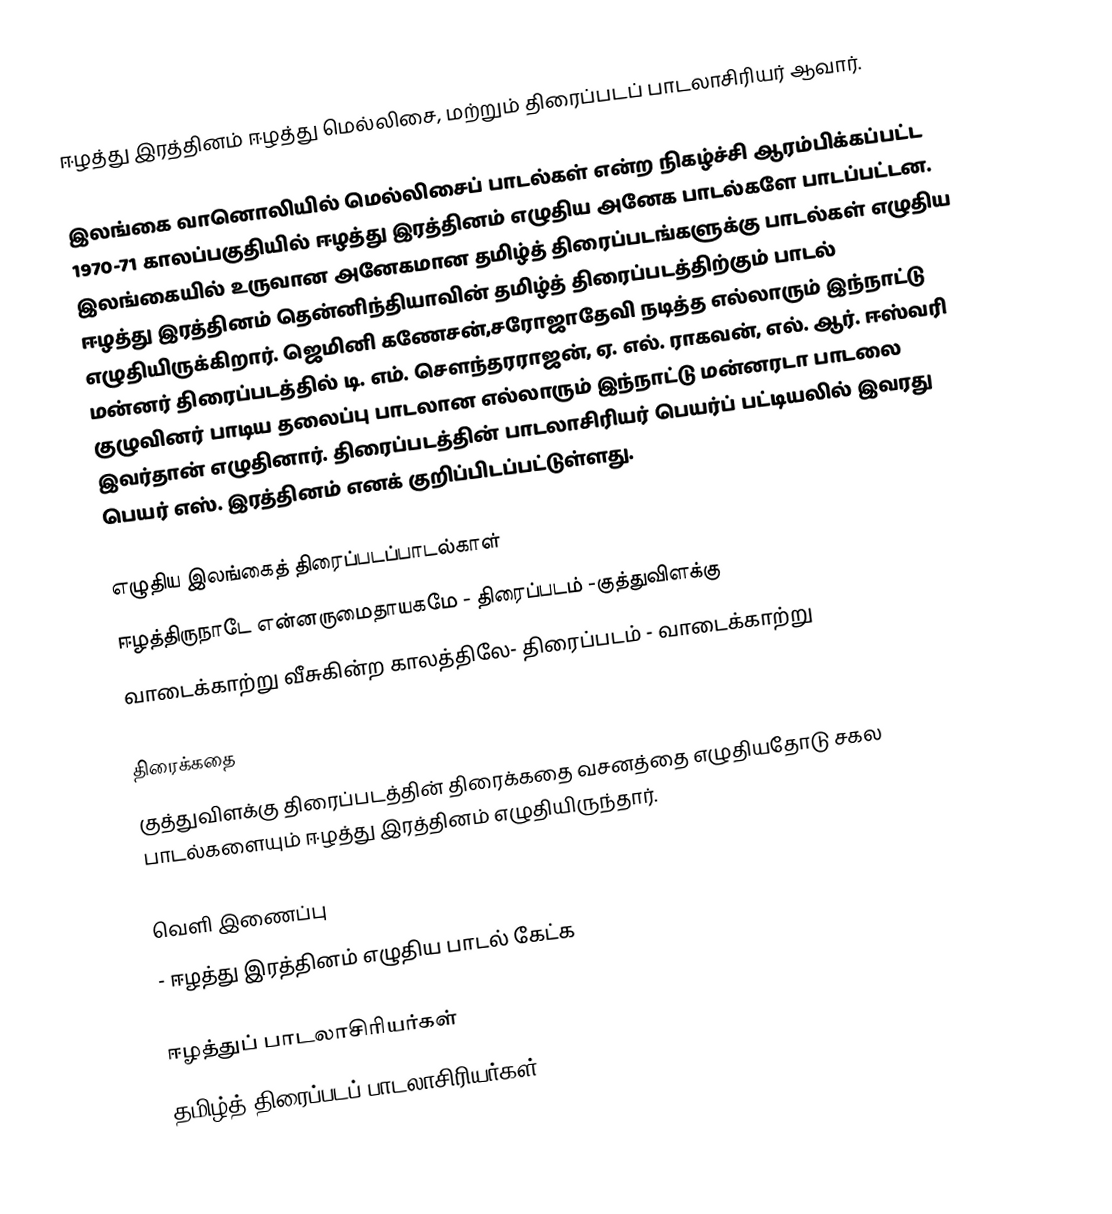
ஈழத்து இரத்தினம் ஈழத்து மெல்லிசை, மற்றும் திரைப்படப் பாடலாசிரியர் ஆவார்.

இலங்கை வானொலியில்  மெல்லிசைப் பாடல்கள் என்ற நிகழ்ச்சி ஆரம்பிக்கப்பட்ட 1970-71 காலப்பகுதியில் ஈழத்து இரத்தினம் எழுதிய அனேக பாடல்களே பாடப்பட்டன. இலங்கையில் உருவான அனேகமான தமிழ்த் திரைப்படங்களுக்கு பாடல்கள் எழுதிய ஈழத்து இரத்தினம் தென்னிந்தியாவின் தமிழ்த் திரைப்படத்திற்கும் பாடல் எழுதியிருக்கிறார். ஜெமினி கணேசன்,சரோஜாதேவி நடித்த எல்லாரும் இந்நாட்டு மன்னர் திரைப்படத்தில் டி. எம். சௌந்தரராஜன், ஏ. எல். ராகவன், எல். ஆர். ஈஸ்வரி குழுவினர் பாடிய தலைப்பு பாடலான எல்லாரும் இந்நாட்டு மன்னரடா பாடலை இவர்தான் எழுதினார். திரைப்படத்தின் பாடலாசிரியர் பெயர்ப் பட்டியலில் இவரது பெயர் எஸ். இரத்தினம் எனக் குறிப்பிடப்பட்டுள்ளது.

எழுதிய இலங்கைத் திரைப்படப்பாடல்காள்
 ஈழத்திருநாடே என்னருமைதாயகமே - திரைப்படம் -குத்துவிளக்கு
 வாடைக்காற்று வீசுகின்ற காலத்திலே- திரைப்படம் - வாடைக்காற்று

திரைக்கதை
குத்துவிளக்கு திரைப்படத்தின் திரைக்கதை வசனத்தை எழுதியதோடு சகல பாடல்களையும் ஈழத்து இரத்தினம் எழுதியிருந்தார்.

வெளி இணைப்பு
  - ஈழத்து இரத்தினம் எழுதிய பாடல் கேட்க

ஈழத்துப் பாடலாசிரியர்கள்
தமிழ்த் திரைப்படப் பாடலாசிரியர்கள்